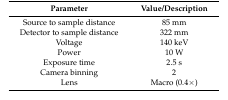
<table><thead><tr><td><b>Parameter</b></td><td><b>Value/Description</b></td></tr></thead><tbody><tr><td>Source to sample distance</td><td>85 mm</td></tr><tr><td>Detector to sample distance</td><td>322 mm</td></tr><tr><td>Voltage</td><td>140 keV</td></tr><tr><td>Power</td><td>10 W</td></tr><tr><td>Exposure time</td><td>2.5 s</td></tr><tr><td>Camera binning</td><td>2</td></tr><tr><td>Lens</td><td>Macro (0.4×)</td></tr></tbody></table>